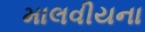
માલવીયના